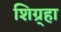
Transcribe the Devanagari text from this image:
शिग्र्हा